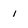
Character: 1